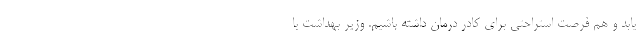
یابد و هم فرصت استراحتی برای کادر درمان داشته باشیم. وزیر بهداشت با